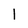
Character: l